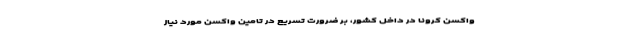
واکسن کرونا در داخل کشور، بر ضرورت تسریع در تامین واکسن مورد نیاز